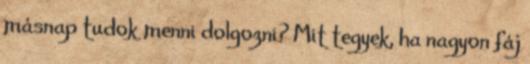
másnap tudok menni dolgozni? Mit tegyek, ha nagyon fáj